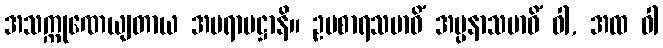
အသက္ကုဏေယျတာယ အပရာမဋ္ဌာနိ။ ဥပစာရသမာဓိံ အပ္ပနာသမာဓိံ ဝါ, အထ ဝါ